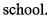
school.